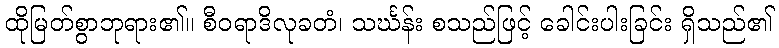
ထိုမြတ်စွာဘုရား၏။ စီဝရာဒိလုခတံ၊ သင်္ဃန်း စသည်ဖြင့် ခေါင်းပါးခြင်း ရှိသည်၏